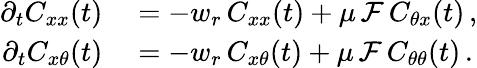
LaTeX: \begin{array}{rl}{\partial_{t}C_{xx}(t)}&{{}=-w_{r}\, C_{xx}(t)+\mu\, {\cal F}\, C_{\theta x}(t)\, ,}\\ {\partial_{t}C_{x\theta}(t)}&{{}=-w_{r}\, C_{x\theta}(t)+\mu\, {\cal F}\, C_{\theta\theta}(t)\, .}\end{array}